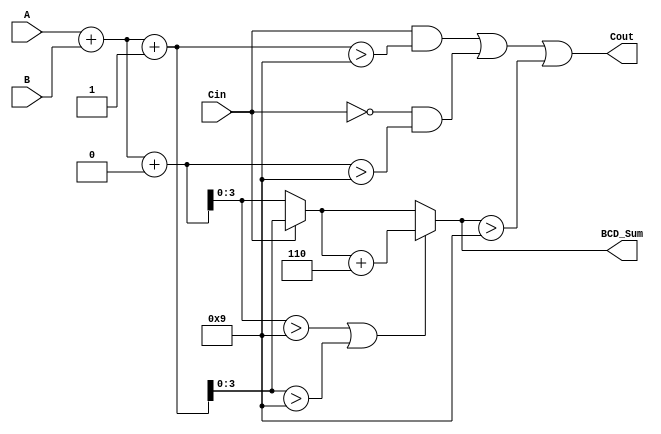
module BCD_CSA (
    input [3:0] A,       // BCD digit A
    input [3:0] B,       // BCD digit B
    input Cin,           // Input carry
    output reg [3:0] BCD_Sum, // BCD sum output
    output reg Cout      // Carry output
);

    // Internal wires for sums and carry
    wire [4:0] sum_no_carry;   // Sum when Cin = 0
    wire [4:0] sum_with_carry;  // Sum when Cin = 1
    wire [4:0] selected_sum;     // Selected sum output
    wire correction_needed;       // Flag for BCD correction

    // Step 1: Initial binary addition
    assign sum_no_carry = A + B + 1'b0;  // A + B + Cin (Cin = 0)
    assign sum_with_carry = A + B + 1'b1; // A + B + Cin (Cin = 1)

    // Step 2: Check if correction is needed
    assign correction_needed = (sum_no_carry[3:0] > 4'b1001) || (sum_with_carry[3:0] > 4'b1001);

    // Step 3: Select the appropriate sum based on Cin
    always @(*) begin
        if (Cin) begin
            BCD_Sum = sum_with_carry[3:0];
        end else begin
            BCD_Sum = sum_no_carry[3:0];
        end
        
        // Step 4: Apply BCD correction if needed
        if (correction_needed) begin
            BCD_Sum = BCD_Sum + 4'b0110; // Add 6 for correction
        end
        
        // Step 5: Determine carry out
        Cout = (Cin && (sum_with_carry > 4'b1001)) || 
               (!Cin && (sum_no_carry > 4'b1001)) || 
               (BCD_Sum > 4'b1001);
    end

endmodule